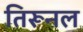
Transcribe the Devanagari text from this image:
तिरूनल